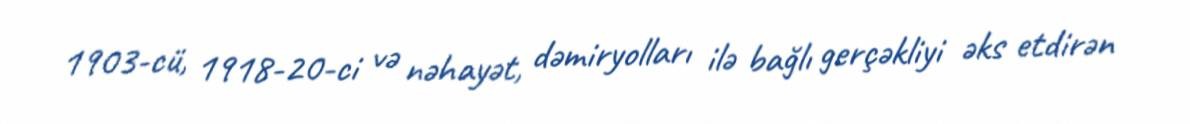
1903-cü, 1918-20-ci və nəhayət, dəmiryolları ilə bağlı gerçəkliyi əks etdirən